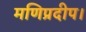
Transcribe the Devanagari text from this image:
मणिप्रदीप।